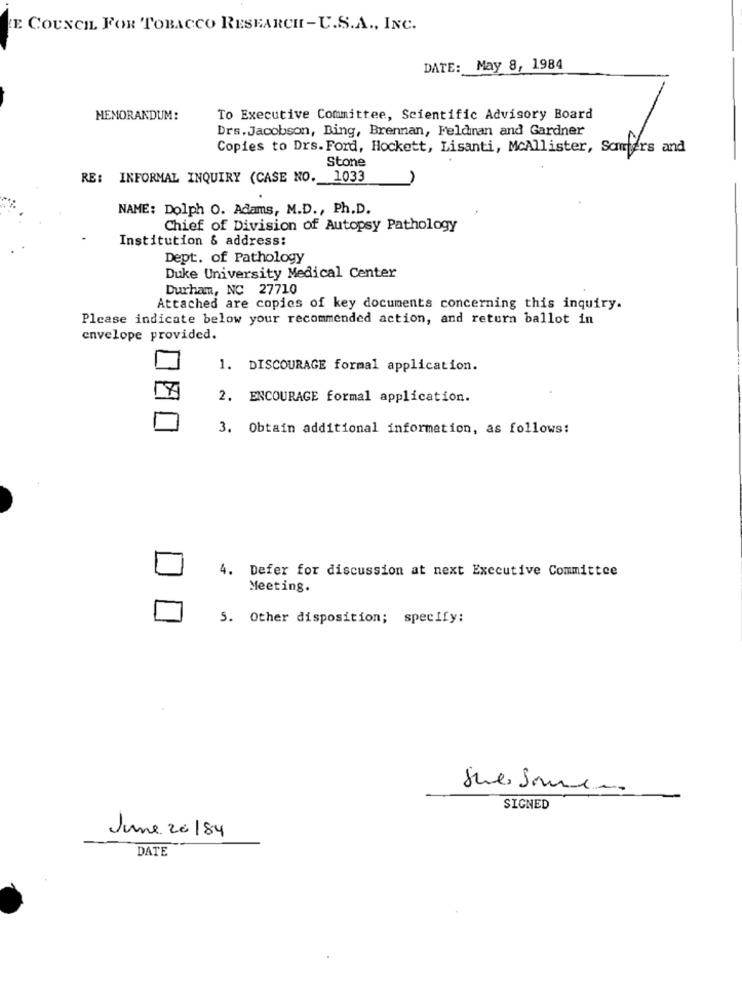
E COUNCIL FOR TOBACCO RESEARCH-U.S.A ., INC.
DATE: May 8, 1984
MEMORANDUM:
To Executive Committee, Scientific Advisory Board
Drs. Jacobson, Bing, Brennan, Feldinan and Gardner
Copies to Drs. Ford, Hockett, Lisanti, McAllister, Sommers and
Stone
RE: INFORMAL INQUIRY (CASE NO. 1033
NAME: Dolph O. Adams, M.D ., Ph.D.
Chief of Division of Autopsy Pathology
Institution & address:
Dept. of Pathology
Duke University Medical Center
Durham, NC 27710
Attached are copies of key documents concerning this inquiry.
Please indicate below your recommended action, and return ballot in
envelope provided.
1. DISCOURAGE formal application.
2. ENCOURAGE formal application.
3. Obtain additional information, as follows:
4. Defer for discussion at next Executive Committee
Meeting.
5. Other disposition; specify:
SIGNED
June 20184
DATE